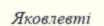
Яковлевті